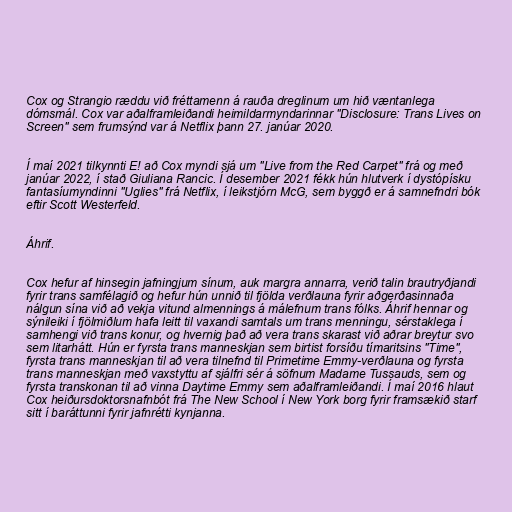
Cox og Strangio ræddu við fréttamenn á rauða dreglinum um hið væntanlega
dómsmál. Cox var aðalframleiðandi heimildarmyndarinnar "Disclosure: Trans Lives on
Screen" sem frumsýnd var á Netflix þann 27. janúar 2020.

Í maí 2021 tilkynnti E! að Cox myndi sjá um "Live from the Red Carpet" frá og með
janúar 2022, í stað Giuliana Rancic. Í desember 2021 fékk hún hlutverk í dystópísku
fantasíumyndinni "Uglies" frá Netflix, í leikstjórn McG, sem byggð er á samnefndri bók
eftir Scott Westerfeld.

Áhrif.

Cox hefur af hinsegin jafningjum sínum, auk margra annarra, verið talin brautryðjandi
fyrir trans samfélagið og hefur hún unnið til fjölda verðlauna fyrir aðgerðasinnaða
nálgun sína við að vekja vitund almennings á málefnum trans fólks. Áhrif hennar og
sýnileiki í fjölmiðlum hafa leitt til vaxandi samtals um trans menningu, sérstaklega í
samhengi við trans konur, og hvernig það að vera trans skarast við aðrar breytur svo
sem litarhátt. Hún er fyrsta trans manneskjan sem birtist forsíðu tímaritsins "Time",
fyrsta trans manneskjan til að vera tilnefnd til Primetime Emmy-verðlauna og fyrsta
trans manneskjan með vaxstyttu af sjálfri sér á söfnum Madame Tussauds, sem og
fyrsta transkonan til að vinna Daytime Emmy sem aðalframleiðandi. Í maí 2016 hlaut
Cox heiðursdoktorsnafnbót frá The New School í New York borg fyrir framsækið starf
sitt í baráttunni fyrir jafnrétti kynjanna.